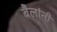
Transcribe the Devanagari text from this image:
बैलांनी